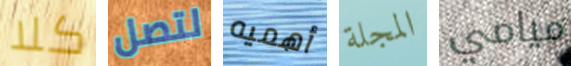
كلا لتصل أهميه المجلة ميامي